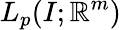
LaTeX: L_{p}(I;\mathbb R^{m})